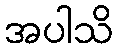
အပါသိ